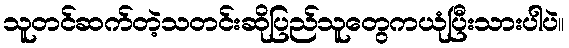
သူတင်ဆက်တဲ့သတင်းဆိုပြည်သူတွေကယုံပြီးသားပါပဲ။